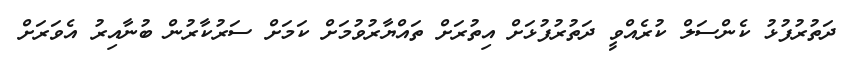
ދަތުރުފުޅު ކެންސަލް ކުރެއްވީ ދަތުރުފުޅަށް އިތުރަށް ތައްޔާރުވުމަށް ކަމަށް ސަރުކާރުން ބުނާއިރު އެވަރަށް